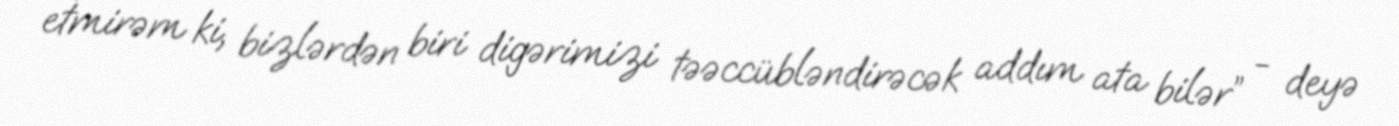
etmirəm ki, bizlərdən biri digərimizi təəccübləndirəcək addım ata bilər” - deyə